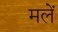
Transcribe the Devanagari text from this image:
मलें